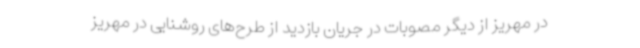
در مهریز از دیگر مصوبات در جریان بازدید از طرح‌های روشنایی در مهریز